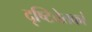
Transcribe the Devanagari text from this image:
दृष्टिचेतकां